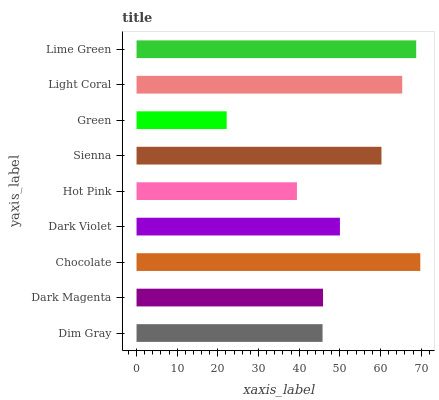
| yaxis_label | bars |
 | --- | --- |
 | Dim Gray | 45.8 |
 | Dark Magenta | 45.9 |
 | Chocolate | 69.8 |
 | Dark Violet | 50 |
 | Hot Pink | 39.5 |
 | Sienna | 60.2 |
 | Green | 22.2 |
 | Light Coral | 65.3 |
 | Lime Green | 68.8 |